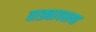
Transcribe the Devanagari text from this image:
वाड्यावस्त्या